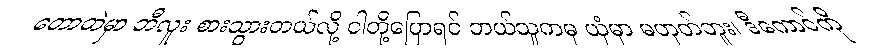
တောထဲမှာ ဘီလူး စားသွားတယ်လို့ ငါတို့ပြောရင် ဘယ်သူကမှ ယုံမှာ မဟုတ်ဘူး၊ ဒီကောင်ကို